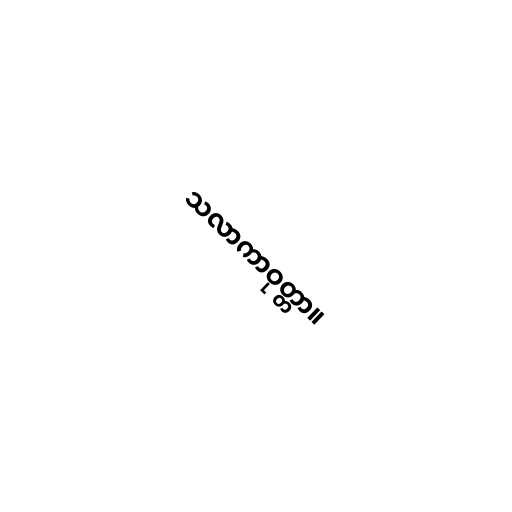
သလာကာဝုတ္တာ။